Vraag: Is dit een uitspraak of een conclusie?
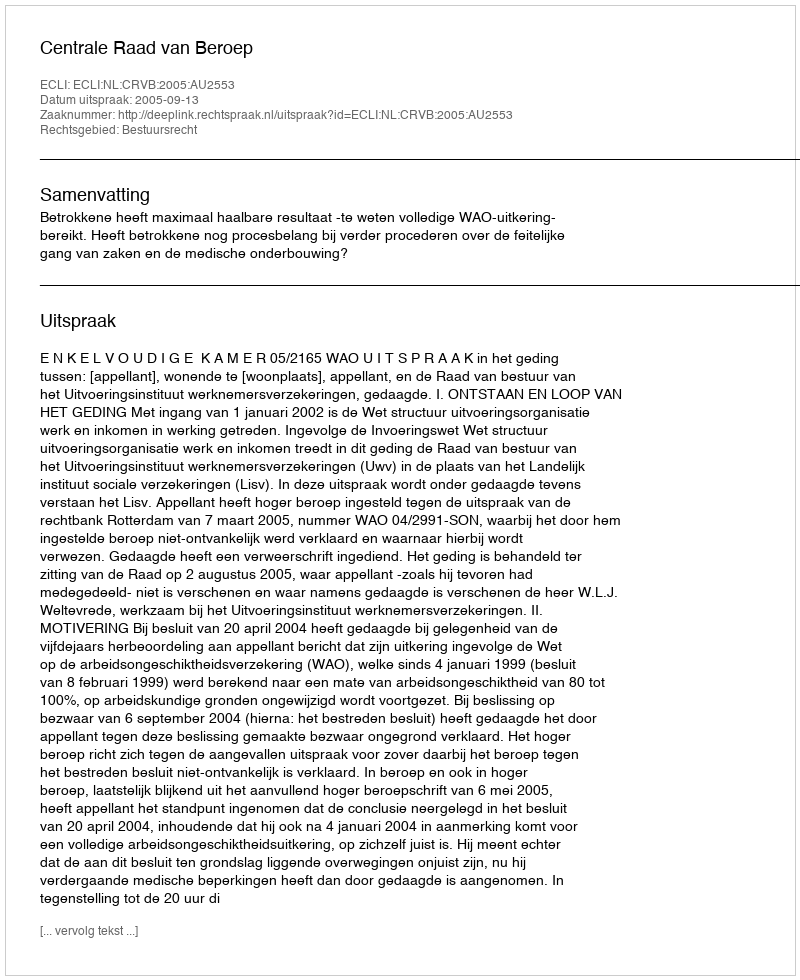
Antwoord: Uitspraak